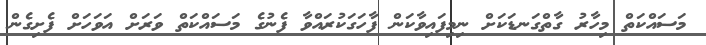
މަސައްކަތް މިހާރު ގާތްގަނޑަކަށް ނިމިފައިވާކަން ފާހަގަކުރައްވާ ފެނުގެ މަސައްކަތް ވަރަށް އަވަހަށް ފެށިގެން